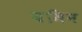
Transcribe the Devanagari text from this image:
यमिन